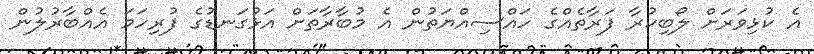
އެ ކުޅިވަރަށް ލޯބިކުރާ ފަރާތެއްގެ ހައްސިއްޔަތުން އެ މުބާރާތަށް އަޅުގަނޑުގެ ފުރިހަމަ އެއްބާރުލުން